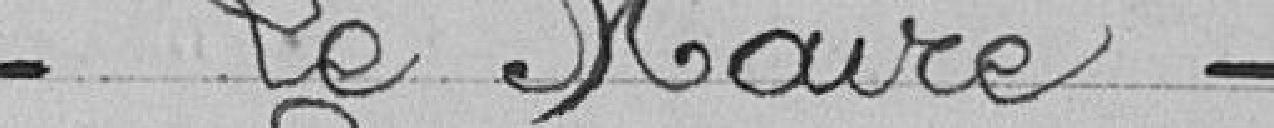
Le Maire